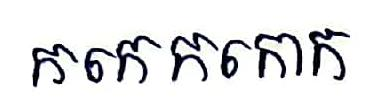
កកេកកោក